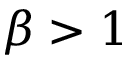
\beta > 1